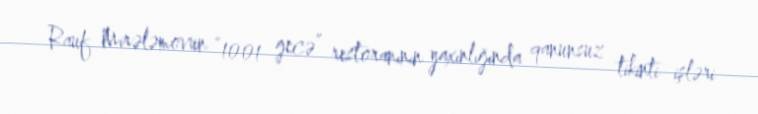
Rauf Mirələmovun “1001 gecə” restoranının yaxınlığında qanunsuz tikinti işləri